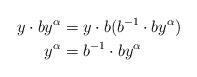
LaTeX: \begin{align*}y\cdot by^{\alpha}&=y\cdot b(b^{-1}\cdot by^{\alpha})&\\y^{\alpha}&=b^{-1}\cdot by^{\alpha}\end{align*}